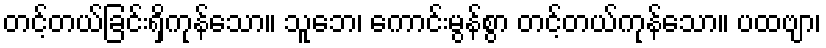
တင့်တယ်ခြင်းရှိကုန်သော။ သူဘေ၊ ကောင်းမွန်စွာ တင့်တယ်ကုန်သော။ ပထဗျာ၊